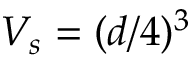
V _ { s } = ( d / 4 ) ^ { 3 }